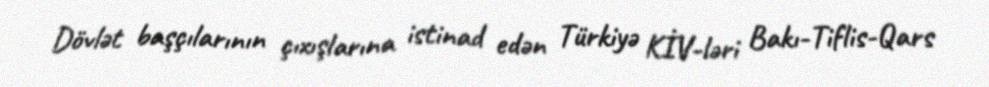
Dövlət başçılarının çıxışlarına istinad edən Türkiyə KİV-ləri Bakı-Tiflis-Qars